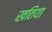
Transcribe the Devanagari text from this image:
खतिया